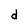
Character: d